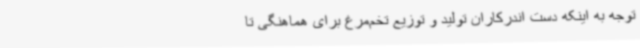
توجه به اینکه دست اندرکاران تولید و توزیع تخم‌مرغ برای هماهنگی تا